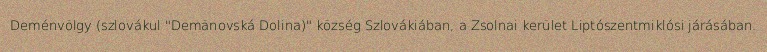
Deménvölgy (szlovákul "Demänovská Dolina)" község Szlovákiában, a Zsolnai kerület Liptószentmiklósi járásában.